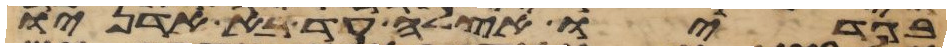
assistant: בגדיו אצלה עד בא אדניו